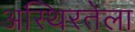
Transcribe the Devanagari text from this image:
अस्थिरतेला